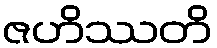
ဇဟိဿတိ